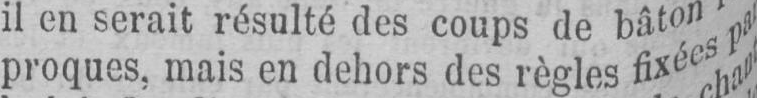
proques, mais en dehors des règles fixées pa